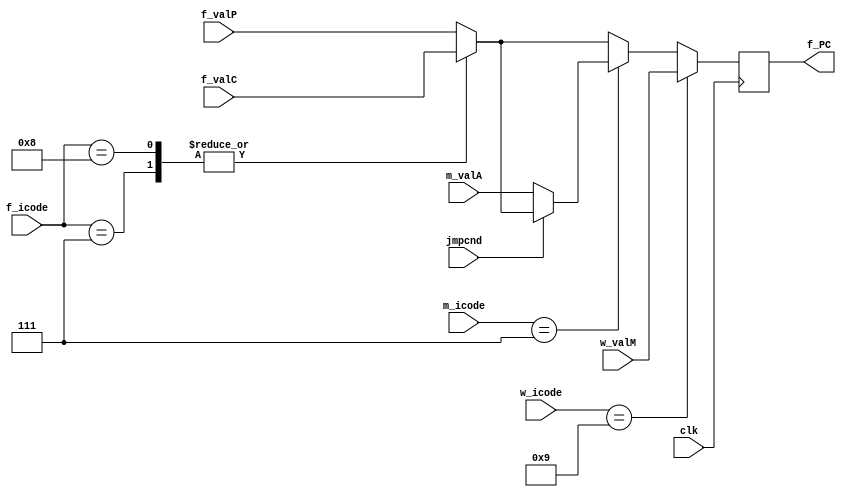
`timescale 1ps/1ps

module f_pipereg(clk, f_icode, f_valP, f_valC, m_icode, jmpcnd, m_valA, w_icode, w_valM, f_PC);

    parameter n = 64;
    input clk;
    input [3:0] f_icode, m_icode, w_icode;
    input jmpcnd;
    input [n-1:0] f_valP, f_valC, m_valA, w_valM;
    output reg [n-1:0] f_PC;

    reg [n-1:0] predPC;

    initial begin
        predPC = 1;
    end

    always @(*) 
    begin
        case(f_icode)

            7: begin // jXX
               predPC = f_valC;
            end

            8: begin // call
                predPC = f_valC;
            end

            default: begin // all others
                predPC = f_valP;
            end

        endcase
    end

    always @(posedge clk)
    begin
        f_PC <= predPC;

        if (m_icode == 7)
        begin
            if (jmpcnd == 0)
            begin
                f_PC <= m_valA;
            end
        end
        if (w_icode == 9)
        begin
            f_PC <= w_valM;
        end
        
    end

endmodule